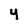
Character: 4